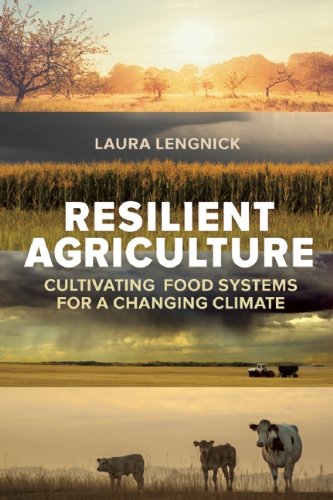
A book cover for Resilient Agriculture: Cultivating Food Systems for a Changing Climate; Laura Lengnick; Science & Math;